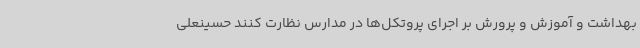
بهداشت و آموزش و پرورش بر اجرای پروتکل‌ها در مدارس نظارت کنند حسینعلی